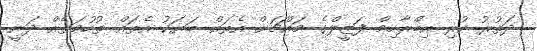
ދަތުރު ކުރި އިބްރާހިމް ފަޒީލްގެ މައްޗަށް އެތައް ބަޔަކު އެތައް ތުހުމަތެއް ދަނީ